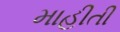
માહીતી